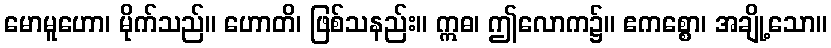
မောမူဟော၊ မိုက်သည်။ ဟောတိ၊ ဖြစ်သနည်း။ ဣဓ၊ ဤလောက၌။ ဧကစ္စော၊ အချို့သော။